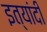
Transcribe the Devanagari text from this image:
इत्यांदी